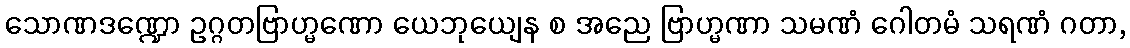
သောဏဒဏ္ဍော ဥဂ္ဂတဗြာဟ္မဏော ယေဘုယျေန စ အညေ ဗြာဟ္မဏာ သမဏံ ဂေါတမံ သရဏံ ဂတာ,